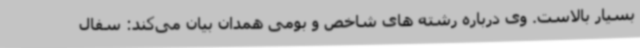
بسیار بالاست. وی درباره رشته های شاخص و بومی همدان بیان می‌کند: سفال